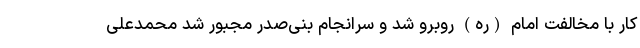
کار با مخالفت امام (ره) روبرو شد و سرانجام بنی‌صدر مجبور شد محمدعلی